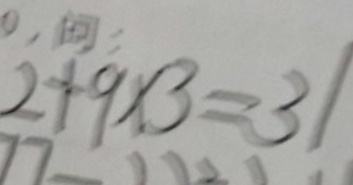
2 + 9 \times 3 = 3 1